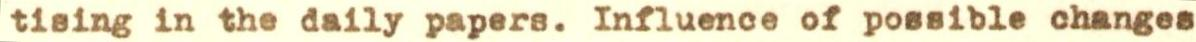
tising in the daily papers. Influence of possible changes